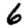
Digit: 6